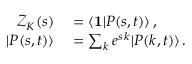
\begin{array} { r l } { \mathcal { Z } _ { K } ( s ) } & { { } = \langle \mathbf { 1 } | P ( s , t ) \rangle \, , } \\ { | P ( s , t ) \rangle } & { { } = \sum _ { k } e ^ { s \, k } | P ( k , t ) \rangle \, . } \end{array}